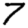
Digit: 7